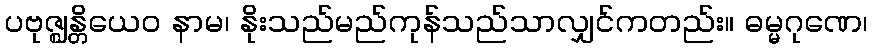
ပဗုဇ္ဈန္တိယေဝ နာမ၊ နိုးသည်မည်ကုန်သည်သာလျှင်ကတည်း။ ဓမ္မဂုဏေ၊